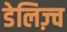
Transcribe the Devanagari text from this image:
डेलिज़्च